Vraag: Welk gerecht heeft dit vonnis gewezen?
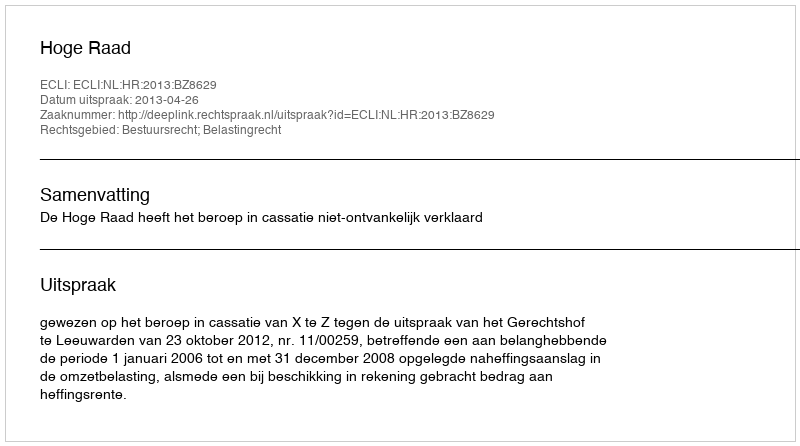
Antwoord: Hoge Raad